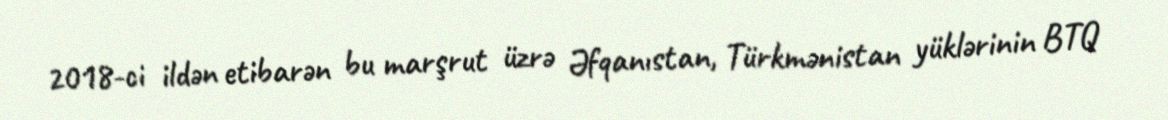
2018-ci ildən etibarən bu marşrut üzrə Əfqanıstan, Türkmənistan yüklərinin BTQ